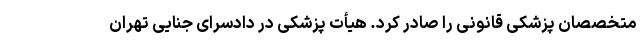
متخصصان پزشکی قانونی را صادر کرد. هیأت پزشکی در دادسرای جنایی تهران